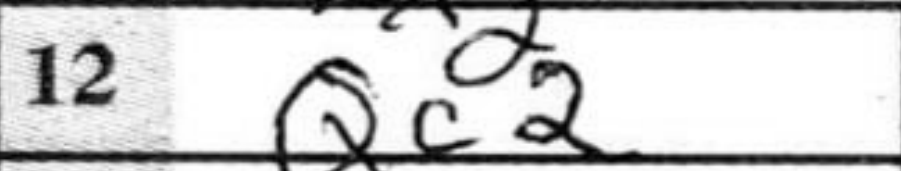
Transcription: Qc2